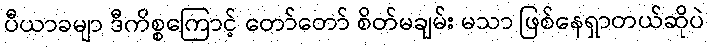
ပီယာခမျာ ဒီကိစ္စကြောင့် တော်တော် စိတ်မချမ်း မသာ ဖြစ်နေရှာတယ်ဆိုပဲ